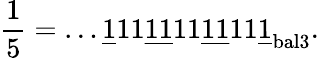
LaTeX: {\frac{1}{5}}=\dots{\underline{{1}}}11{\underline{{11}}}11{\underline{{11}}}11{\underline{{1}}}_{\mathrm{bal3}}.